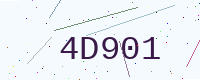
Text: 4D901